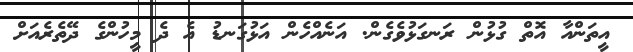
އީތަންއާ އޮތް ގުޅުން ރަނގަޅުވެގެން. އަނެއްހެން އަޅުގަނޑު އެ ދެ މީހުންގެ ދޭތެރެއަށް